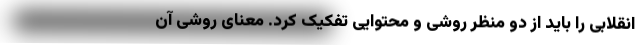
انقلابی را باید از دو منظر روشی و محتوایی تفکیک کرد. معنای روشی آن